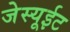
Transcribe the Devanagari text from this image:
जेस्यूईट